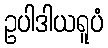
ဥပါဒါယရူပံ